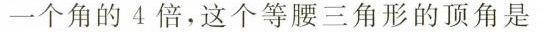
一个角的4倍，这个等腰三角形的顶角是